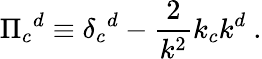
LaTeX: \Pi_{c}{}^{d}\equiv\delta_{c}{}^{d}-{\frac{2}{k^{2}}}k_{c}k^{d}\ .